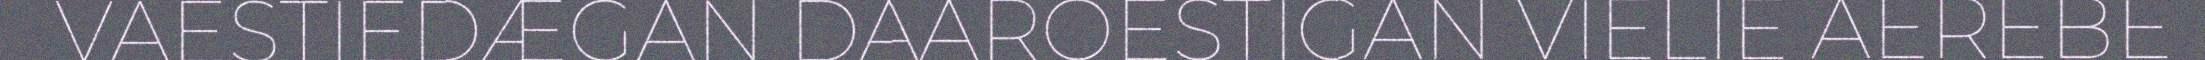
VAESTIEDÆGAN DAAROESTIGAN VIELIE AEREBE